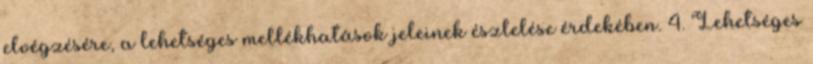
elvégzésére, a lehetséges mellékhatások jeleinek észlelése érdekében. 4. Lehetséges